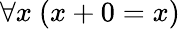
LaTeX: \forall x\ (x+0=x)